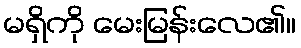
မရှိကို မေးမြန်းလေ၏။